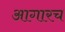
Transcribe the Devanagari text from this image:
आगारच